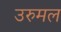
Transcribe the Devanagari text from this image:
उरुमल